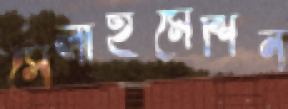
সেলাইমেশিন